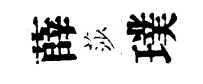
薛莎璞